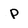
Character: p